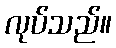
လုပ်သည်။